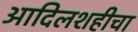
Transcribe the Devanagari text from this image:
आदिलशहीचा